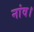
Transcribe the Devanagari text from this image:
नांव।